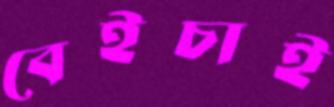
বেইচাই